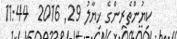
ކިޔުންތެރިންގެ ޚިޔާލު 29